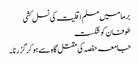
برما میں مسلم اقلیت کی نسل کشی
طوفان کو شکست
جامعہ حفصہ کی مقتل گا ہ سے ہو کر گزرنا ۔